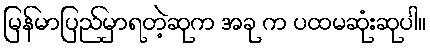
မြန်မာပြည်မှာရတဲ့ဆုက အခု က ပထမဆုံးဆုပါ။